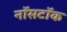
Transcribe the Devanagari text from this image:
नॉसटॉक